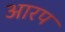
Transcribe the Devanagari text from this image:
आरप